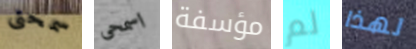
سمحتى اسمحى مؤسفة لم لهذا